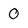
Character: 0